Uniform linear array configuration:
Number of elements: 32
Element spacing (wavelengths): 0.5
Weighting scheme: kaiser
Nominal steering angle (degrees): -15
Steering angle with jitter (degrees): -15.777
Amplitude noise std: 0.05
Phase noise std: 0.05

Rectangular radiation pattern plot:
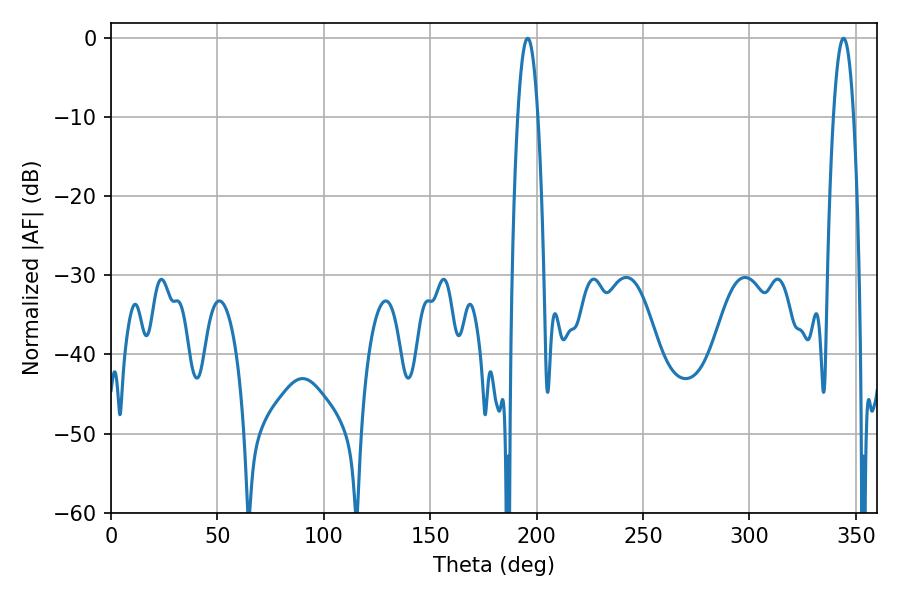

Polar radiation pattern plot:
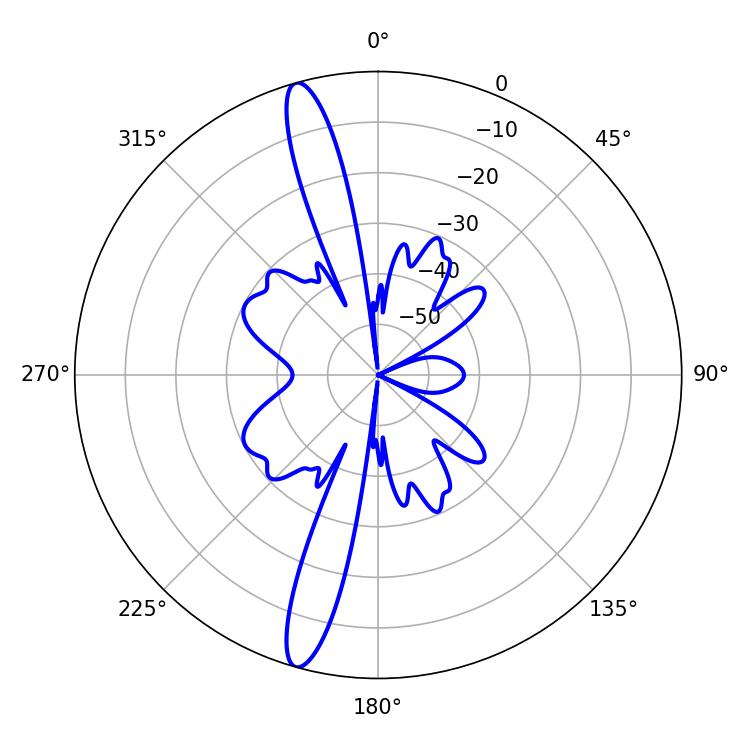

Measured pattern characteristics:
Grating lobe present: FALSE
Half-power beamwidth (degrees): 5.22
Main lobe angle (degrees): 195.84